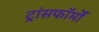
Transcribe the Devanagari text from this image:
ट्रांसफॉर्मों